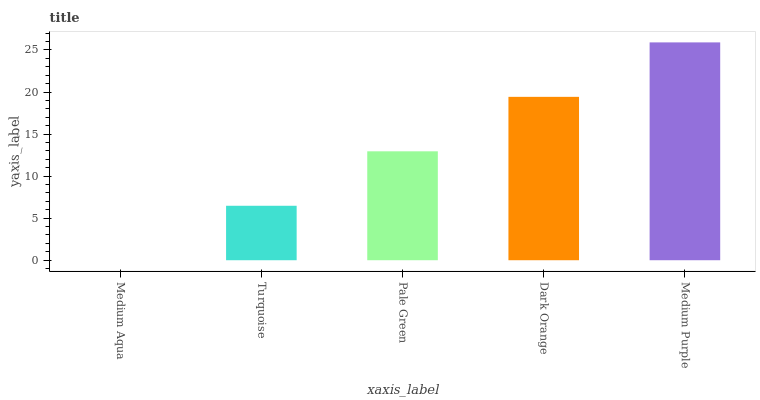
| xaxis_label | bars |
 | --- | --- |
 | Medium Aqua | 0 |
 | Turquoise | 6.47 |
 | Pale Green | 12.9 |
 | Dark Orange | 19.4 |
 | Medium Purple | 25.9 |